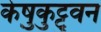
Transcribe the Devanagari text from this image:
केष़ुकुट्टुवन